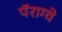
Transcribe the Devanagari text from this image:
पॅराग्वे